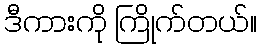
ဒီကားကို ကြိုက်တယ်။